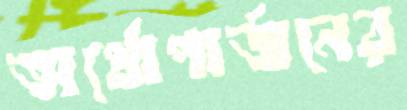
অর্থোপার্জনের